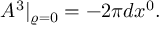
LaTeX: A ^ { 3 } | _ { \varrho = 0 } = - 2 \pi d x ^ { 0 } .